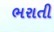
ભરાતી